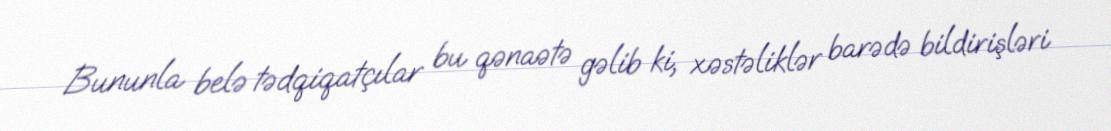
Bununla belə tədqiqatçılar bu qənaətə gəlib ki, xəstəliklər barədə bildirişləri